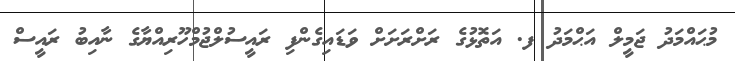
މުޙައްމަދު ޖަމީލް އަޙްމަދު ފ. އަތޮޅުގެ ރަށްރަށަށް ވަޑައިގެންފި ރައީސުލްޖުމްހޫރިއްޔާގެ ނާއިބު ރައީސް